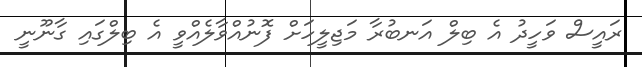
ރައީސް ވަހީދު އެ ބިލް އަނބުރާ މަޖިލީހަށް ފޮނުއްވާލެއްވީ އެ ބިލްގައި ގާނޫނީ